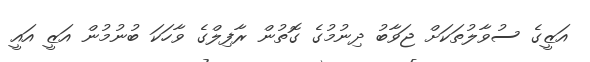
އަޒީގެ ސުވާލުތަކަށް ޖަވާބު ދިނުމުގެ ގޮތުން ރާފިލްގެ ވާހަކަ ބުނުމުން އަޒީ އައީ